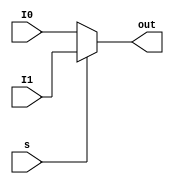
`timescale 1ns / 1ps
//////////////////////////////////////////////////////////////////////////////////
// Company: 
// Engineer: 
// 
// Design Name: 
// Module Name: MUX2T1_1
// Project Name: 
// Target Devices: 
// Tool Versions: 
// Description: 
// 
// Dependencies: 
// 
// Revision:
// Revision 0.01 - File Created
// Additional Comments:
// 
//////////////////////////////////////////////////////////////////////////////////


module MUX2T1_1(
    I0,
    I1,
    s,
    out
    );
    input I0;
    input I1;
    input s;
    output out;
    assign out = s ? I1:I0;
endmodule